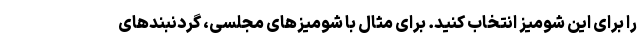
را برای این شومیز انتخاب کنید. برای مثال با شومیزهای مجلسی، گردنبندهای